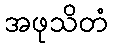
အဖုသိတံ